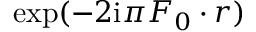
\exp ( - 2 \mathrm { i } \pi \boldsymbol F _ { 0 } \boldsymbol \cdot \boldsymbol r )